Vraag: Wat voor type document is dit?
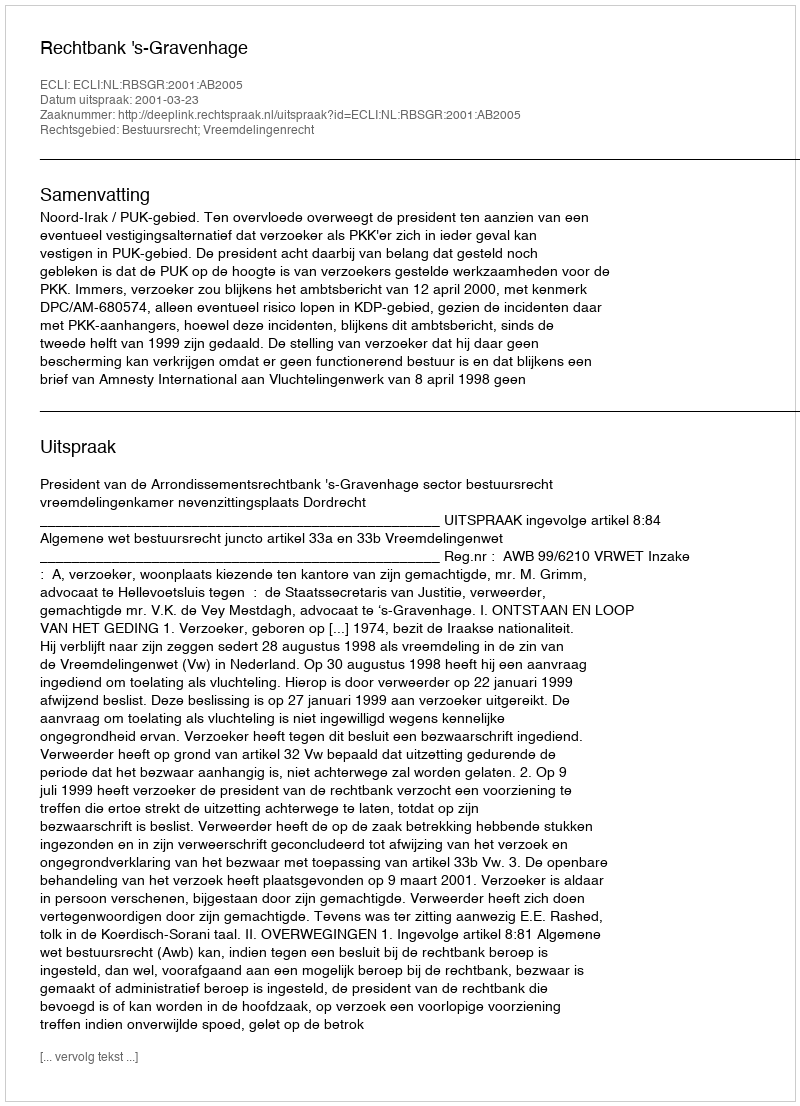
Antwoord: Uitspraak